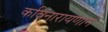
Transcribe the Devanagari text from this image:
कविनारायणाने